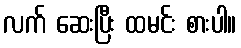
လက် ဆေးပြီး ထမင်း စားပါ။